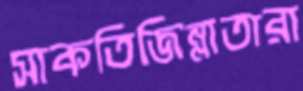
সাকতিজিন্নাতারা